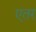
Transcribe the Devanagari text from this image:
एतर